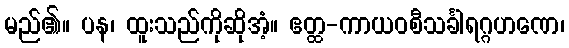
မည်၏။ ပန၊ ထူးသည်ကိုဆိုအံ့။ ဧတ္ထ-ကာယဝစီသင်္ခါရဂ္ဂဟဏေ၊